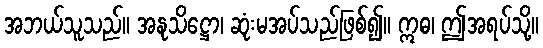
အဘယ်သူသည်။ အနုသိဋ္ဌော၊ ဆုံးမအပ်သည်ဖြစ်၍။ ဣဓ၊ ဤအရပ်သို့။